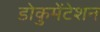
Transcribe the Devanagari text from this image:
डोकुमेंटेशन